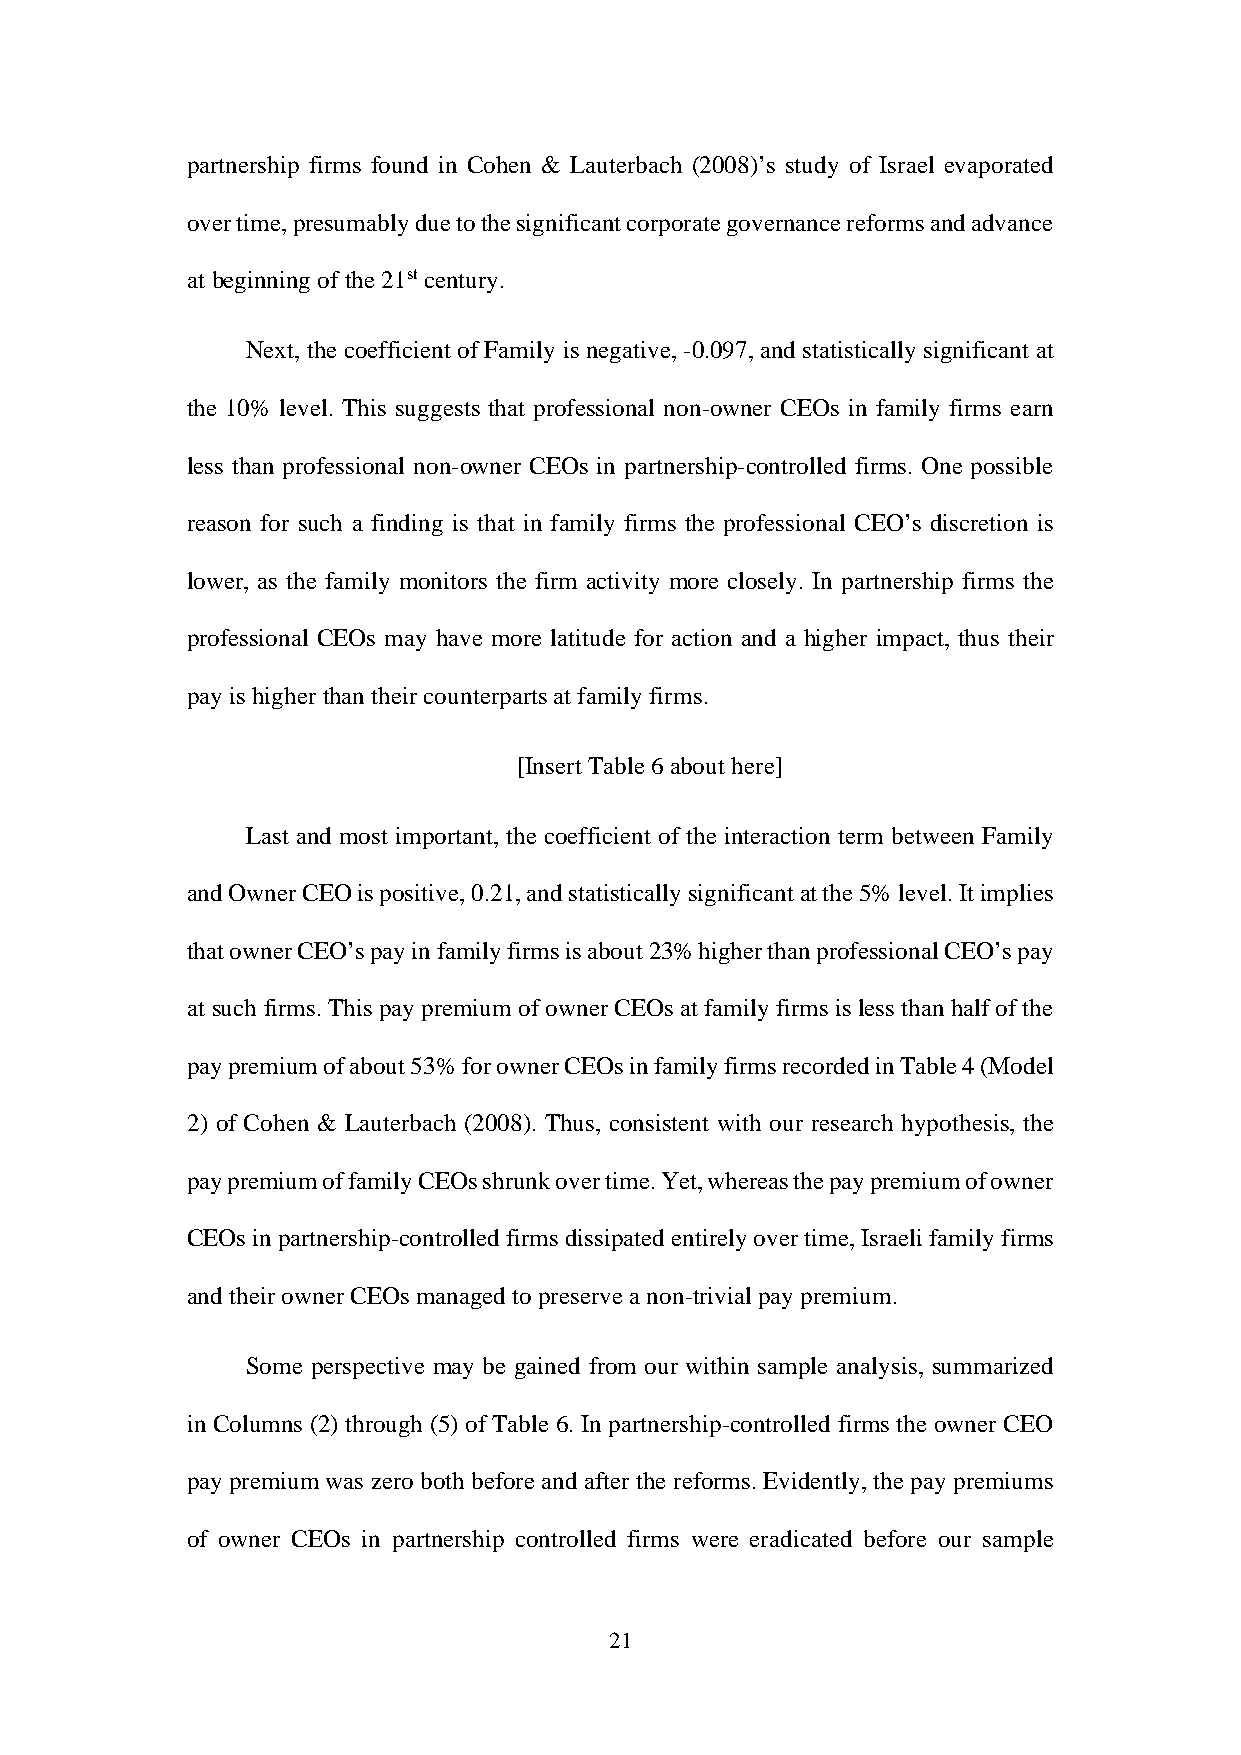
partnership firms found in Cohen & Lauterbach (2008)’s study of Israel evaporated
 over time, presumably due to the significant corporate governance reforms and advance
 at beginning of the 21st century.
 Next, the coefficient of Family is negative, -0.097, and statistically significant at
 the 10% level. This suggests that professional non-owner CEOs in family firms earn
 less than professional non-owner CEOs in partnership-controlled firms. One possible
 reason for such a finding is that in family firms the professional CEO’s discretion is
 lower, as the family monitors the firm activity more closely. In partnership firms the
 professional CEOs may have more latitude for action and a higher impact, thus their
 pay is higher than their counterparts at family firms.
 [Insert Table 6 about here]
 Last and most important, the coefficient of the interaction term between Family
 and Owner CEO is positive, 0.21, and statistically significant at the 5% level. It implies
 that owner CEO’s pay in family firms is about 23% higher than professional CEO’s pay
 at such firms. This pay premium of owner CEOs at family firms is less than half of the
 pay premium of about 53% for owner CEOs in family firms recorded in Table 4 (Model
 2) of Cohen & Lauterbach (2008). Thus, consistent with our research hypothesis, the
 pay premium of family CEOs shrunk over time. Yet, whereas the pay premium of owner
 CEOs in partnership-controlled firms dissipated entirely over time, Israeli family firms
 and their owner CEOs managed to preserve a non-trivial pay premium.
 Some perspective may be gained from our within sample analysis, summarized
 in Columns (2) through (5) of Table 6. In partnership-controlled firms the owner CEO
 pay premium was zero both before and after the reforms. Evidently, the pay premiums
 of owner CEOs in partnership controlled firms were eradicated before our sample
 21